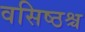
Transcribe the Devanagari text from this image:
वसिष्ठश्च